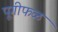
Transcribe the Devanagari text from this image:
पूगीफळ